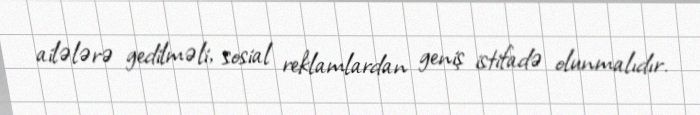
ailələrə gedilməli, sosial reklamlardan geniş istifadə olunmalıdır.